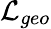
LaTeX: \mathcal{L}_{geo}